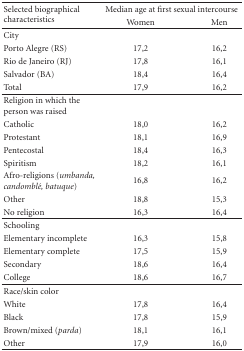
<table><thead><tr><td rowspan="2"><b>Selected biographical characteristics</b></td><td colspan="2"><b>Median age at first sexual intercourse</b></td></tr><tr><td><b>Women</b></td><td><b>Men</b></td></tr></thead><tbody><tr><td>City</td><td></td><td></td></tr><tr><td>Porto Alegre (RS)</td><td>17,2</td><td>16,2</td></tr><tr><td>Rio de Janeiro (RJ)</td><td>17,8</td><td>16,1</td></tr><tr><td>Salvador (BA)</td><td>18,4</td><td>16,4</td></tr><tr><td>Total</td><td>17,9</td><td>16,2 </td></tr><tr><td>Religion in which the person was raised</td><td></td><td></td></tr><tr><td>Catholic</td><td>18,0</td><td>16,2</td></tr><tr><td>Protestant</td><td>18,1</td><td>16,9</td></tr><tr><td>Pentecostal</td><td>18,4</td><td>16,3</td></tr><tr><td>Spiritism</td><td>18,2</td><td>16,1</td></tr><tr><td>Afro-religions (<i>umbanda, candomblé, batuque</i>)</td><td>16,8</td><td>16,2</td></tr><tr><td>Other</td><td>18,8</td><td>15,3</td></tr><tr><td>No religion</td><td>16,3</td><td>16,4 </td></tr><tr><td>Schooling</td><td></td><td></td></tr><tr><td>Elementary incomplete</td><td>16,3</td><td>15,8</td></tr><tr><td>Elementary complete</td><td>17,5</td><td>15,9</td></tr><tr><td>Secondary</td><td>18,6</td><td>16,4</td></tr><tr><td>College</td><td>18,6</td><td>16,7 </td></tr><tr><td>Race/skin color</td><td></td><td></td></tr><tr><td>White</td><td>17,8</td><td>16,4</td></tr><tr><td>Black</td><td>17,8</td><td>15,9</td></tr><tr><td>Brown/mixed (<i>parda</i>)</td><td>18,1</td><td>16,1</td></tr><tr><td>Other</td><td>17,9</td><td>16,0</td></tr></tbody></table>